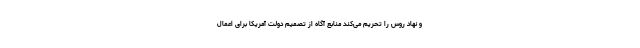
و نهاد روس را تحریم می‌کند منابع آگاه از تصمیم دولت آمریکا برای اعمال